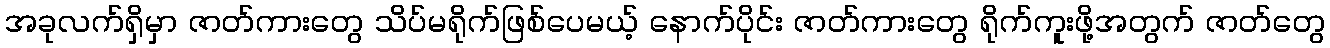
အခုလက်ရှိမှာ ဇာတ်ကားတွေ သိပ်မရိုက်ဖြစ်ပေမယ့် နောက်ပိုင်း ဇာတ်ကားတွေ ရိုက်ကူးဖို့အတွက် ဇာတ်တွေ